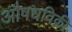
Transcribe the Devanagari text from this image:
औषधविक्री